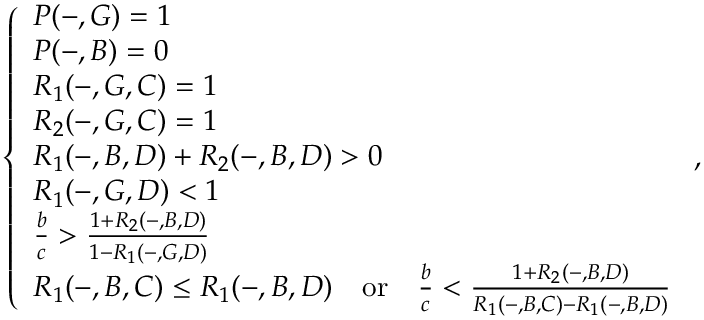
\left\{ \begin{array} { l l } { P ( - , G ) = 1 } \\ { P ( - , B ) = 0 } \\ { R _ { 1 } ( - , G , C ) = 1 } \\ { R _ { 2 } ( - , G , C ) = 1 } \\ { R _ { 1 } ( - , B , D ) + R _ { 2 } ( - , B , D ) > 0 } \\ { R _ { 1 } ( - , G , D ) < 1 } \\ { \frac { b } { c } > \frac { 1 + R _ { 2 } ( - , B , D ) } { 1 - R _ { 1 } ( - , G , D ) } } \\ { R _ { 1 } ( - , B , C ) \leq R _ { 1 } ( - , B , D ) { \quad \mathrm { o r } \quad } \frac { b } { c } < \frac { 1 + R _ { 2 } ( - , B , D ) } { R _ { 1 } ( - , B , C ) - R _ { 1 } ( - , B , D ) } } \end{array} \right. ,